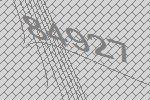
84927